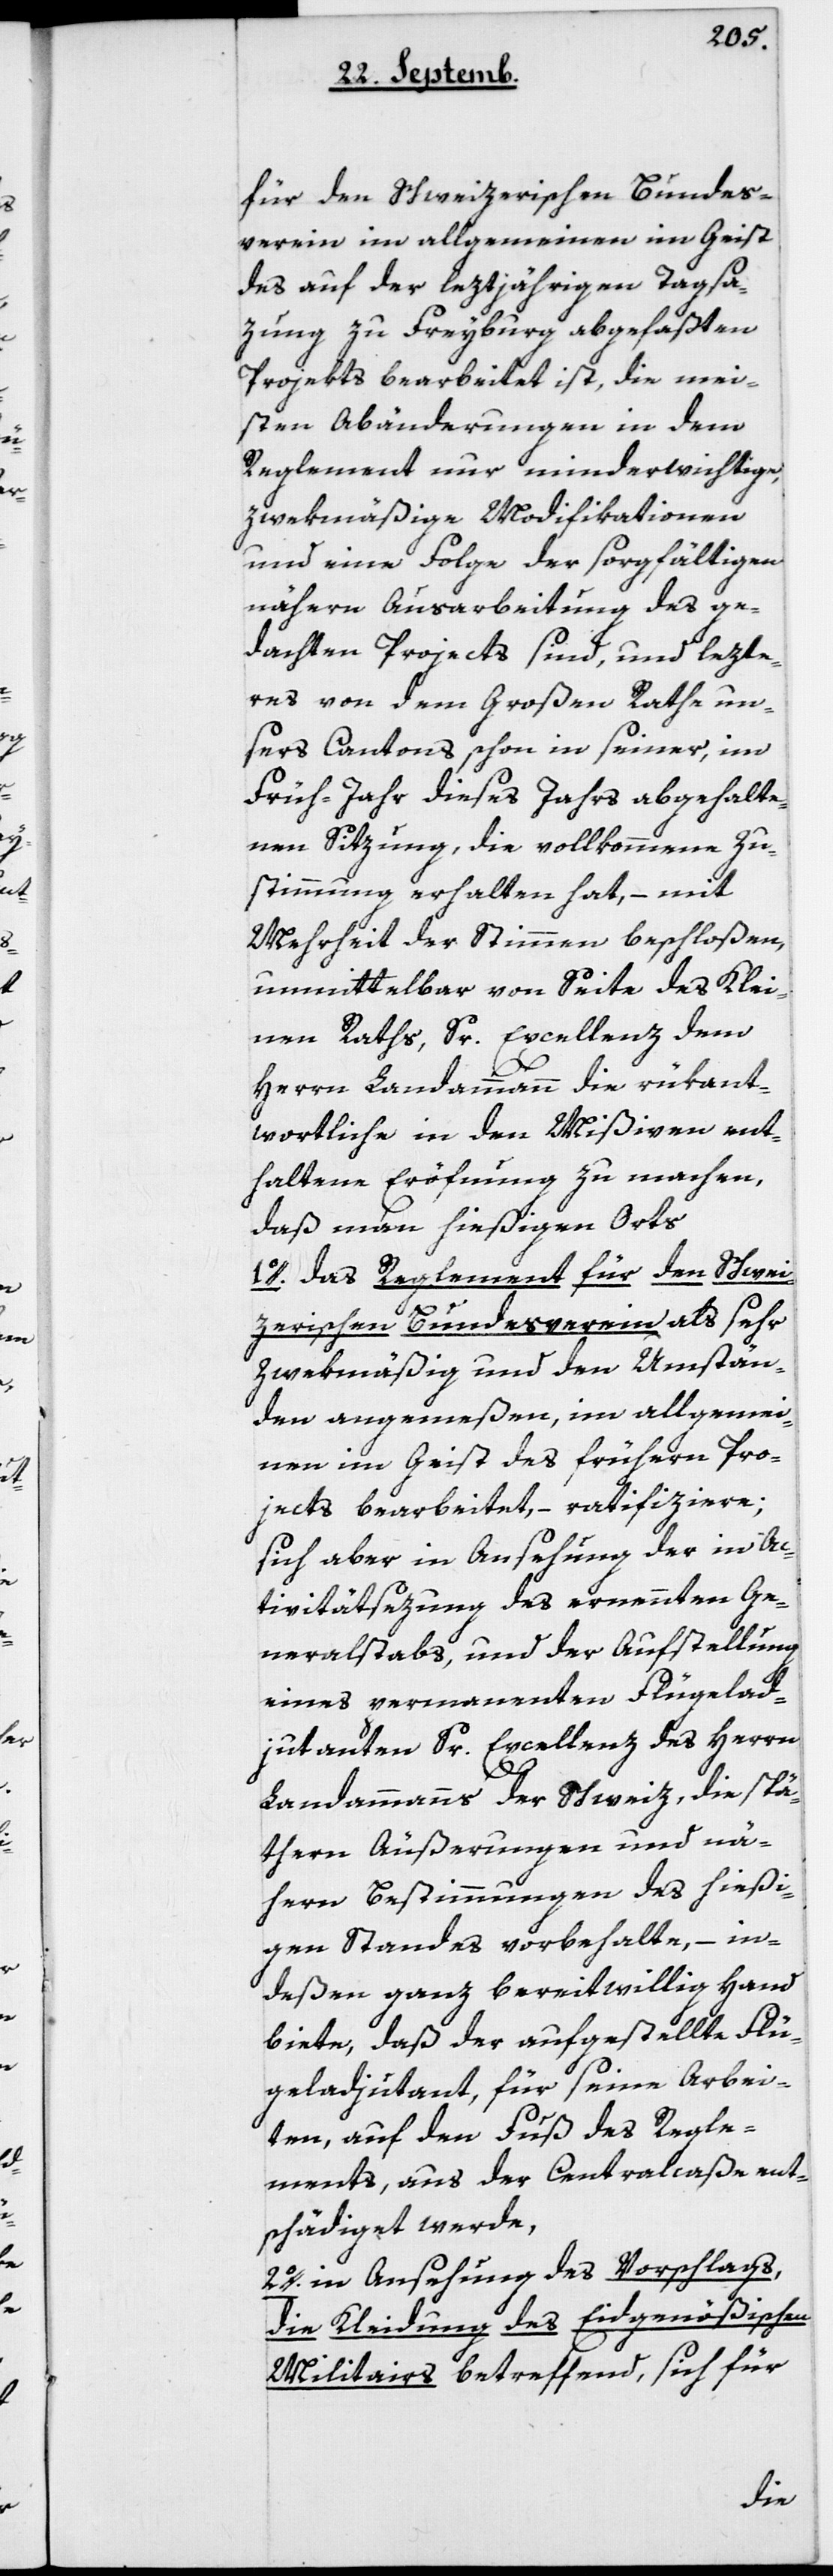
für den schweizerischen Bundes¬
verein im Allgemeinen im Geist
des auf der leztjährigen Tagsa¬
zung zu Freyburg abgefaßten
Projekts bearbeitet ist, die mei¬
sten Abänderungen in dem
Reglement nur minderwichtige,
zwekmäßige Modificationen
und eine Folge der sorgfältigen
nähern Ausarbeitung des ge¬
dachten Projects sind, und lezte¬
res von dem Großen Rathe un¬
sers Cantons schon in seiner, im
Frühjahr dieses Jahrs abgehalte¬
nen Sitzung, die vollkommene Zu¬
stimmung erhalten hat, – mit
Mehrheit der Stimmen beschloßen,
unmittelbar von Seite des Klei¬
nen Raths, Sr Excellenz dem
Herrn Landammann die rükant¬
wortliche, in den Mißiven ent¬
haltene Eröffnung zu machen,
daß man hießigen Orts
1. das Reglement für den Schwei¬
zerischen Bundesverein als sehr
zwekmäßig und den Umstän¬
den angemeßen, im Allgemei¬
nen im Geist des frühern Pro¬
jects bearbeitet, – ratifiziere;
sich aber in Ansehung der in Ac¬
tivitätsezung des ernennten Ge¬
neralstabs, und der Aufstellung
eines permanenten Flügelad¬
judanten Sr Excellenz des Herrn
Landammanns der Schweiz, die spä¬
tern Äußerungen und nä¬
hern Bestimmungen des hießi¬
gen Standes vorbehalte, – in¬
deßen ganz bereitwillig Hand
biete, daß der aufgestellte Flü¬
geladjudant, für seine Arbei¬
ten, auf den Fuß des Regle¬
ments, aus der Centralcaße ent¬
schädiget werde.
2. in Ansehung des Vorschlags,
die Kleidung des eidgenößischen
Militars betreffend, sich für